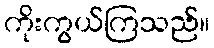
ကိုးကွယ်ကြသည်။